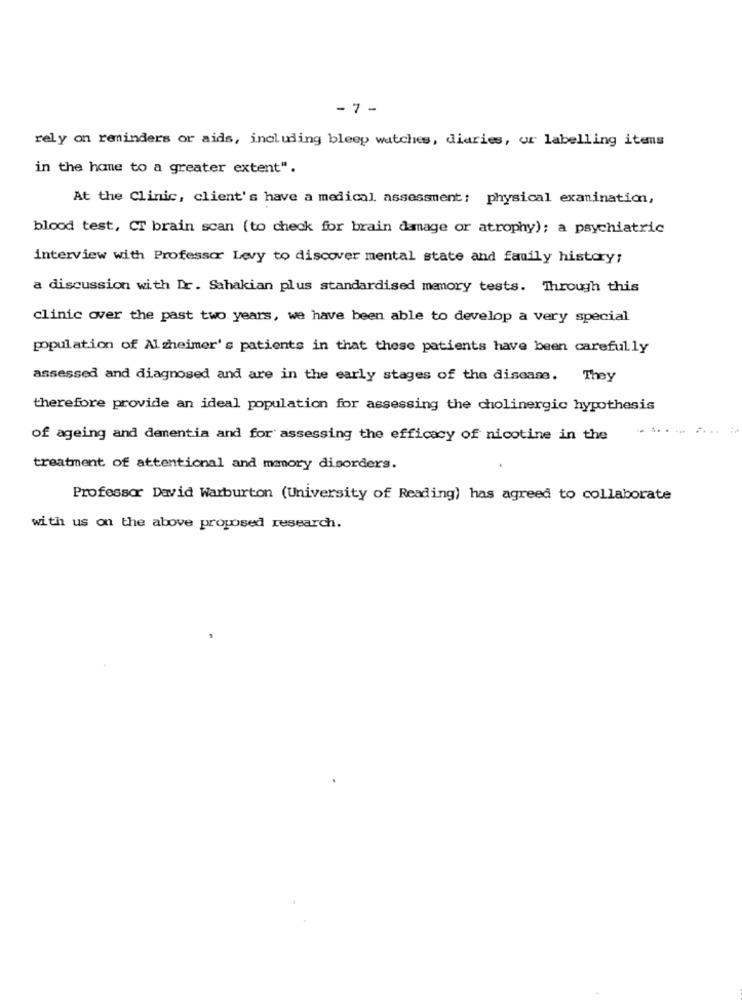
-7 -
rely on reminders or aids, including bleep watches, diaries, ur labelling itens
in the home to a greater extent".
At the Clinic, client's have a medical assessment: physical examination,
blood test, CT brain scan (to check for brain damage or atrophy); a psychiatric
interview with Professor Levy to discover mental state and family history;
a discussion with Dr. Sahakian plus standardised memory tests. Through this
clinic over the past two years, we have been able to develop a very special
population of Alzheimer's patients in that these patients have been carefully
assessed and diagnosed and are in the early stages of the disease. They
therefore provide an ideal population for assessing the cholinergic hypothesis
of ageing and dementia and for assessing the efficacy of nicotine in the
treatment of attentional and memory disorders.
Professor David Warburton (University of Reading) has agreed to collaborate
with us on the above proposed research.